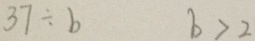
3 7 \div b b > 2